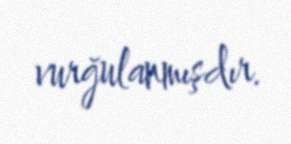
vurğulanmışdır.